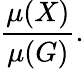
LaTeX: {\frac{\mu(X)}{\mu(G)}}.